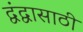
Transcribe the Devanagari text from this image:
द्वंद्वासाठी